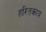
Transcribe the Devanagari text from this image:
हरितकाय